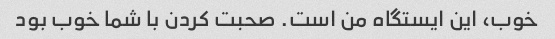
خوب، این ایستگاه من است. صحبت کردن با شما خوب بود